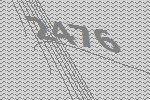
2476